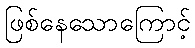
ဖြစ်နေသောကြောင့်